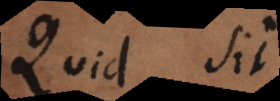
Quod si